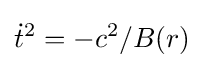
{\dot {t}}^{2}=-c^{2}/B(r)